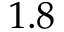
1 . 8